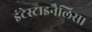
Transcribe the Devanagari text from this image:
इंटेस्टाइनैलिस।